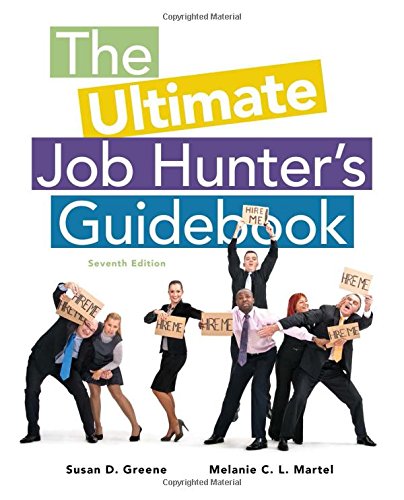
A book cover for The Ultimate Job Hunter's Guidebook; Susan Greene; Business & Money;